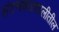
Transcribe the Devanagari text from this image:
संगणकप्रणालीतील